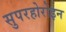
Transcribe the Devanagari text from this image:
सुपरहोरोइन